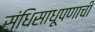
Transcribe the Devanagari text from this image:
संधिसाधूपणाची